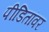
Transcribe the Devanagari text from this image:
पीडितांवर